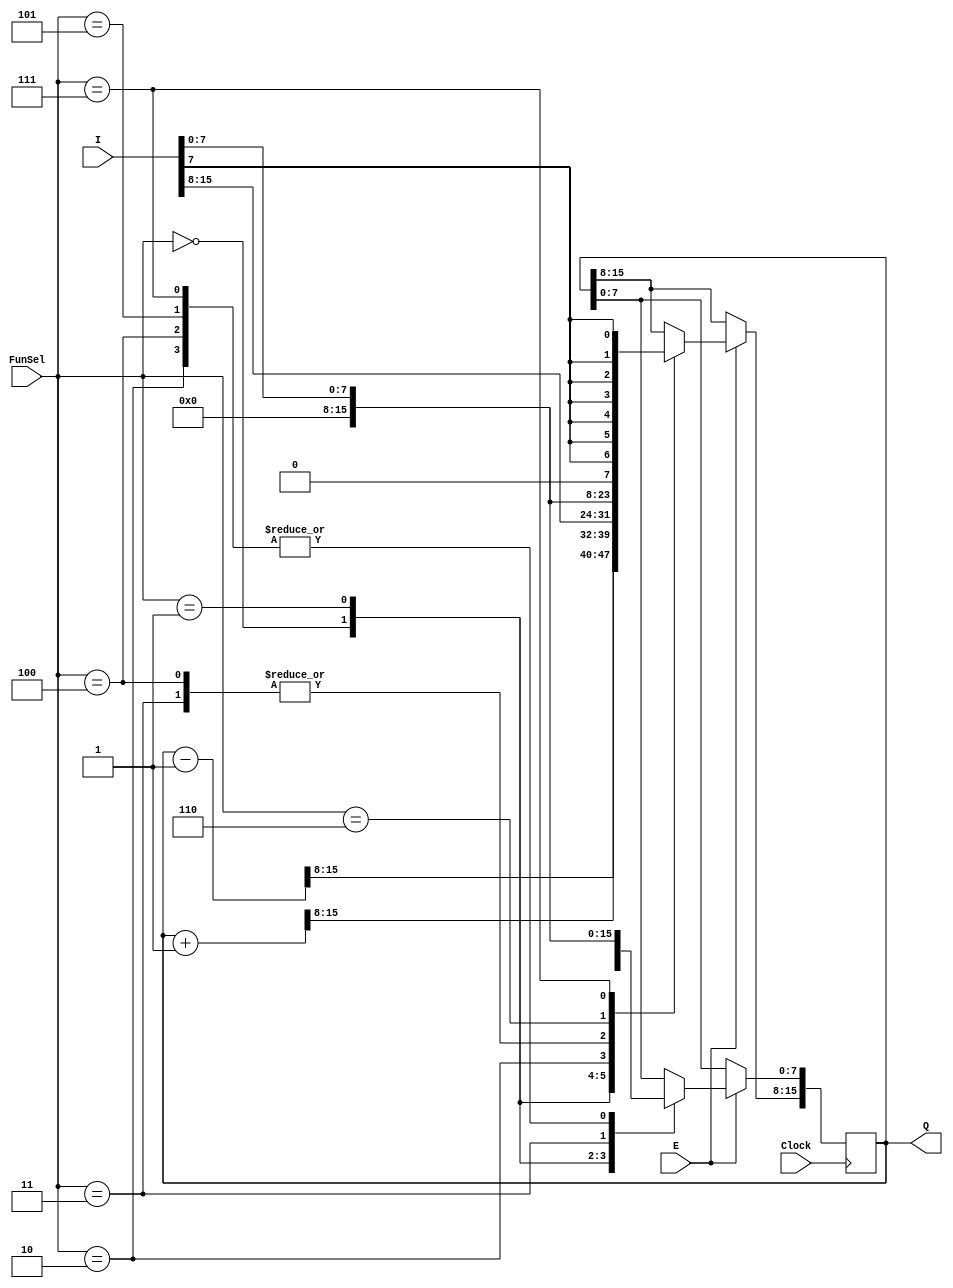
`timescale 1ns / 1ps


module Register(
    input wire E,                       //Enable input
    input wire [2:0] FunSel,            //3-bit Function Selection input 
    input wire [15:0] I,                //16-bit input of register
    input wire Clock,                   //Clock
    output reg [15:0] Q                 //16-bit Output
    );
    
    always @(posedge Clock) begin
        if (E) begin                                                // If E is high, then this block will be executed.
            case (FunSel)
                3'b000: Q <= Q - 1'b1;                              // Decrement
                3'b001: Q <= Q + 1'b1;                              // Increment
                3'b010: Q <= I;                                     // Load
                3'b011: Q <= 16'h0000;                              // Clear
                3'b100: begin                                       // Clear and write low
                    Q[15:8] <= 8'h00;
                    Q[7:0] <= I[7:0];
                end
                3'b101: Q[7:0] <= I[7:0];                           // Only write low
                3'b110: Q[15:8] <= I[7:0];                          // Only write high
                3'b111: begin                                       // Sign extend and write low
                    Q[15:8] <= {I[7], {6{I[7]}}};
                    Q[7:0] <= I[7:0];
                end
                default: ;                                          // Retain value (default)
            endcase
        end
    end
    
endmodule